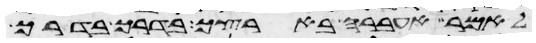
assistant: לאמר אעברה בארצך בדרך בדרך